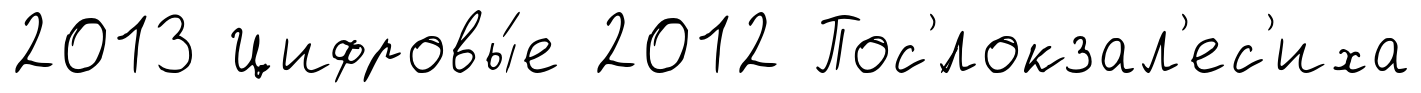
2013 Цифровы́е 2012 Пос'́локзал'ес'иха